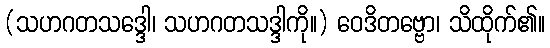
(သဟဂတသဒ္ဒေါ၊ သဟဂတသဒ္ဒါကို။) ဝေဒိတဗ္ဗော၊ သိထိုက်၏။